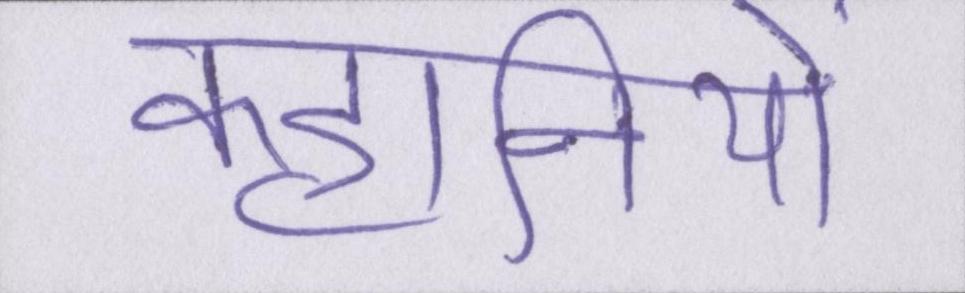
कहानियों